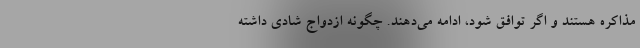
مذاکره هستند و اگر توافق شود، ادامه می‌دهند. چگونه ازدواج شادی داشته